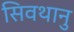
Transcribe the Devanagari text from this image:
सिवथानु